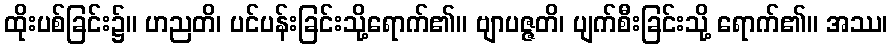
ထိုးပစ်ခြင်း၌။ ဟညတိ၊ ပင်ပန်းခြင်းသို့ရောက်၏။ ဗျာပဇ္ဇတိ၊ ပျက်စီးခြင်းသို့ ရောက်၏။ အဿ၊